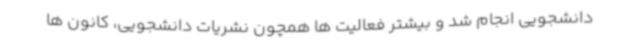
دانشجویی انجام شد و بیشتر فعالیت ها همچون نشریات دانشجویی، کانون ها